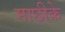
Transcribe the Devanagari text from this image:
माछीके